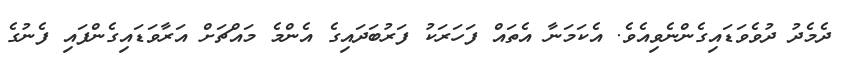
ދެމެދު ދުވެވަޑައިގެންނެވިއެވެ. އެކަމަނާ އެތައް ފަހަރަކު ފަރުބަދައިގެ އެންމެ މައްޗަށް އަރާވަޑައިގެންފައި ފެނުގެ